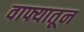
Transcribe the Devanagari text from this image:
वाफ्यातून